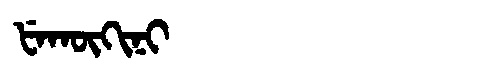
Manchu: ᡶᡝᡴᡡᡴᡳᠨᡳ
Romanization: FEKŪKINI